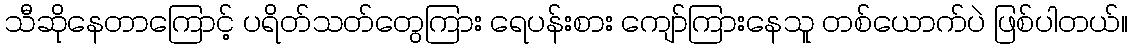
သီဆိုနေတာကြောင့် ပရိတ်သတ်တွေကြား ရေပန်းစား ကျော်ကြားနေသူ တစ်ယောက်ပဲ ဖြစ်ပါတယ်။